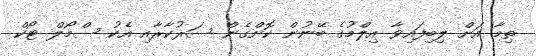
ތިމާ އަށް ލިބިފައިވާ އިލްމުގެ ބޭނުން ކޮށްގެން ސަރުކާރާއި އެކު ސްމޯލް ޓޯކް